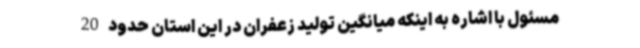
مسئول با اشاره به اینکه میانگین تولید زعفران در این استان حدود 20